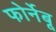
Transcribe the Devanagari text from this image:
फोर्नेबू